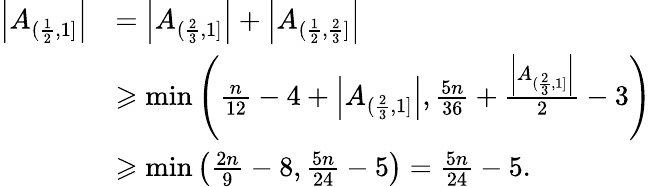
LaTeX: \begin{array}{rl}{\left|A_{(\frac{1}{2},1]}\right|}&{=\left|A_{(\frac{2}{3},1]}\right|+\left|A_{(\frac{1}{2},\frac{2}{3}]}\right|}\\ &{\geqslant\operatorname*{min}\left(\frac{n}{12}-4+\left|A_{(\frac{2}{3},1]}\right|,\frac{5n}{36}+\frac{\left|A_{(\frac{2}{3},1]}\right|}{2}-3\right)}\\ &{\geqslant\operatorname*{min}\left(\frac{2n}{9}-8,\frac{5n}{24}-5\right)=\frac{5n}{24}-5.}\end{array}